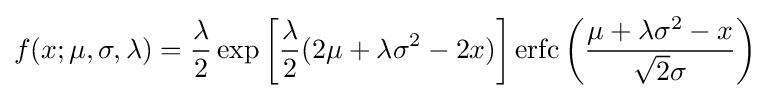
f(x;\mu ,\sigma ,\lambda )={\frac {\lambda }{2}}\exp \left[{\frac {\lambda }{2}}(2\mu +\lambda \sigma ^{2}-2x)\right]\operatorname {erfc} \left({\frac {\mu +\lambda \sigma ^{2}-x}{{\sqrt {2}}\sigma }}\right)